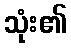
သုံး၏